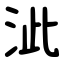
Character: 泚